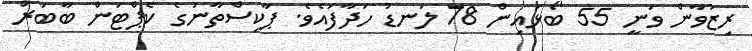
ރިޒުވާން ވަނީ 55 ބޯޅައިން 78 ލަނޑު ހަދާފައެވެ. ޕާކިސްތާނުގެ ކެޕްޓަން ބާބަރް